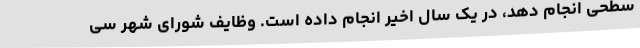
سطحی انجام دهد، در یک سال اخیر انجام داده است. وظایف شورای شهر سی